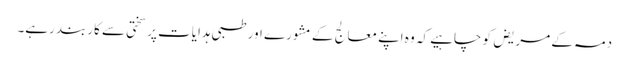
دمہ کے مریض کو چاہیے کہ وہ اپنے معالج کے مشورے اور طبی ہدایات پر سختی سے کاربند رہے۔